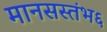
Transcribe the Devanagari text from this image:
मानसस्तंभ६